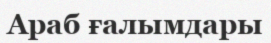
Араб ғалымдары